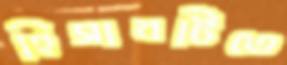
হিসাবটিতে